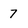
Character: 7